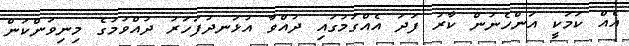
އެއް ކަމަކީ އަންހެނުން ކާރު ފަދަ އެއްގަމުގައި ދުއްވާ އުޅަނދުފަހަރު ދުއްވުމުގެ މިނިވަންކަން